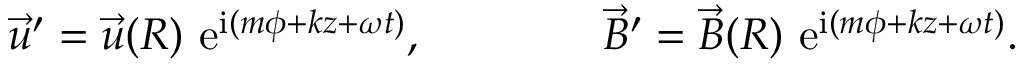
\begin{array} { r } { { \vec { u } } ^ { \prime } = { \vec { u } } ( R ) \ \mathrm { e } ^ { \mathrm { i } ( m \phi + k z + \omega t ) } , \ \ \ \ \ \ \ \ \ \ \ \ { \vec { B } } ^ { \prime } = { \vec { B } } ( R ) \ \mathrm { e } ^ { \mathrm { i } ( m \phi + k z + \omega t ) } . } \end{array}